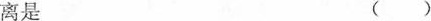
离是 ()